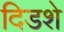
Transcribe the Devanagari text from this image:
दिडशे